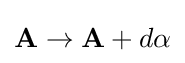
\mathbf {A} \rightarrow \mathbf {A} +d\alpha